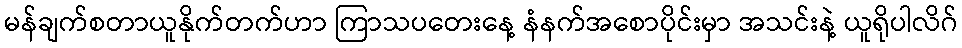
မန်ချက်စတာယူနိုက်တက်ဟာ ကြာသပတေးနေ့ နံနက်အစောပိုင်းမှာ အသင်းနဲ့ ယူရိုပါလိဂ်